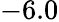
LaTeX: -6.0